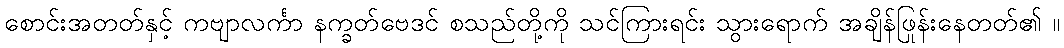
စောင်းအတတ်နှင့် ကဗျာလင်္ကာ နက္ခတ်ဗေဒင် စသည်တို့ကို သင်ကြားရင်း သွားရောက် အချိန်ဖြုန်းနေတတ်၏ ။